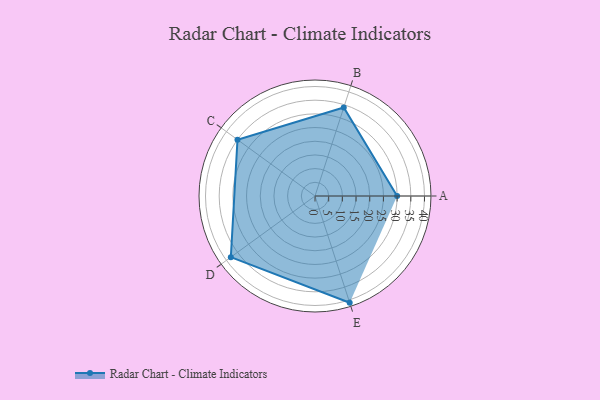
{"axis": {"x": "Skill", "y": "Score"}, "legend": ["Profile"], "data": [{"x": "A", "y": 30.0, "type": "Profile"}, {"x": "B", "y": 34.0, "type": "Profile"}, {"x": "C", "y": 35.0, "type": "Profile"}, {"x": "D", "y": 38.0, "type": "Profile"}, {"x": "E", "y": 41.0, "type": "Profile"}]}